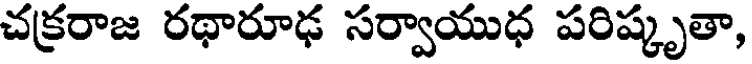
చక్రరాజ రథారూఢ సర్వాయుధ పరిష్కృతా,